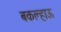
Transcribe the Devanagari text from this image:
बकल्हाऊ